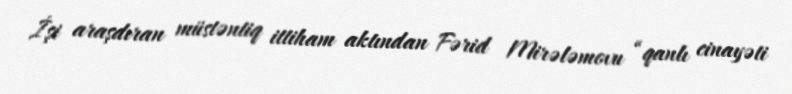
İşi araşdıran müstəntiq ittiham aktından Fərid Mirələmovu “qanlı cinayəti